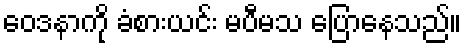
ဝေဒနာကို ခံစားယင်း မပီမသ ပြောနေသည်။